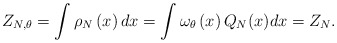
\begin{align*}Z_{N,\theta }=\int \rho _{N}\left( x\right) dx=\int\omega _{\theta }\left(x\right) Q_{N}(x)dx=Z_{N}.\end{align*}